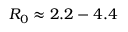
R _ { 0 } \approx 2 . 2 - 4 . 4